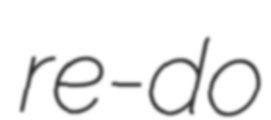
re-do